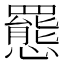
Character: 𫻕